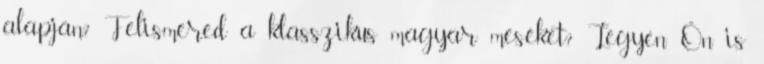
alapján? Felismered a klasszikus magyar meséket? Legyen Ön is